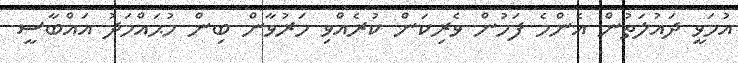
އުމަވީ ދައުލަތުން އެންމެ ފަހުން ވެރިކަން ކުރެއްވި މަރުވާން ބިން މުޙައްމަދު އައްބާސީ